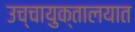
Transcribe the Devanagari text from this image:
उच्चायुक्तालयात